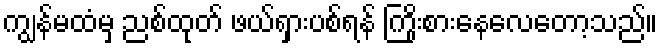
ကျွန်မထံမှ ညစ်ထုတ် ဖယ်ရှားပစ်ရန် ကြိုးစားနေလေတော့သည်။